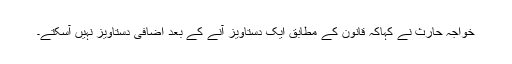
خواجہ حارث نے کہاکہ قانون کے مطابق ایک دستاویز آنے کے بعد اضافی دستاویز نہیں آسکتے۔